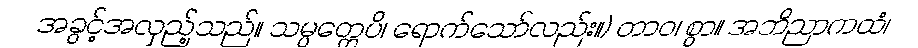
အခွင့်အလှည့်သည်။ သမ္ပတ္တေပိ၊ ရောက်သော်လည်း။) တာဝ၊ စွာ။ အဘိညာကထံ၊